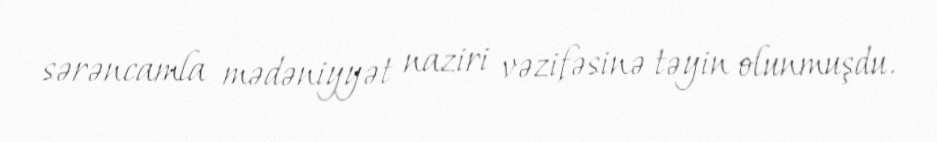
sərəncamla mədəniyyət naziri vəzifəsinə təyin olunmuşdu.